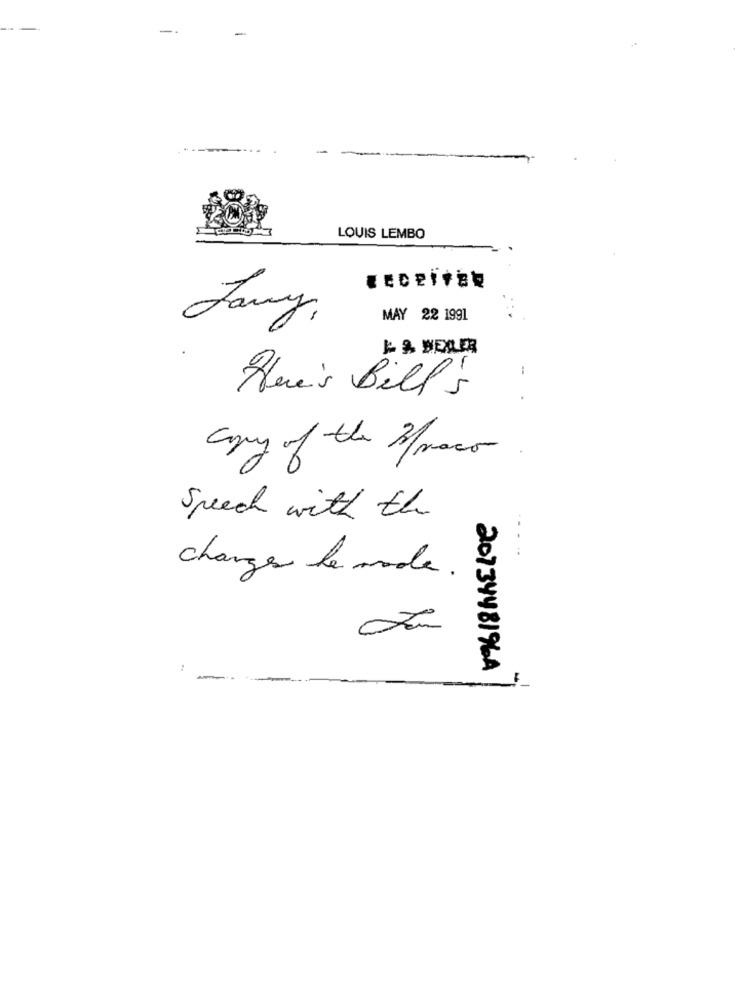
LOUIS LEMBO
Fany,
MAY 22 1991
K & WEXLER
Here's Bill's
Copy of the /maco
Speech with the
changes le mode .
201348196A